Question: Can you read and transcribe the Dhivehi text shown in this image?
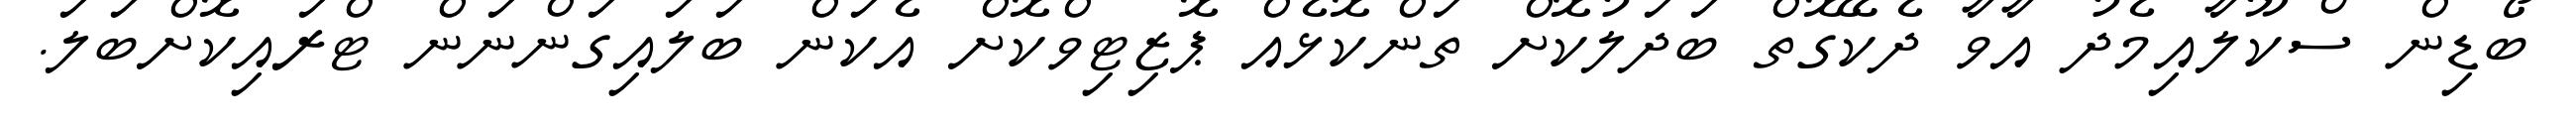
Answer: ބޯޑިން ސްކޫލާއިމެދު އާވާ ދެކޭގޮތް ބަދަލުކޮށް ތަންކޮޅެއް ޕޮޒިޓިވްކޮށް އެކަން ބަލައިގަންނަން ޓްރައިކޮށްބަލަ.